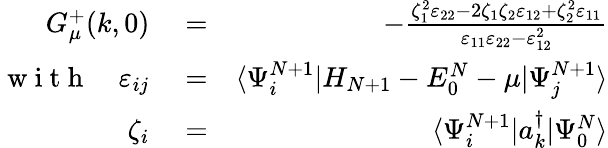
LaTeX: \begin{array}{rlr}{G_{\mu}^{+}(k,0)}&{{}=}&{-\frac{\zeta_{1}^{2}\varepsilon_{22}-2\zeta_{1}\zeta_{2}\varepsilon_{12}+\zeta_{2}^{2}\varepsilon_{11}}{\varepsilon_{11}\varepsilon_{22}-\varepsilon_{12}^{2}}}\\ {\mathrm{~w~i~t~h~}\quad\varepsilon_{ij}}&{{}=}&{\langle\Psi_{i}^{N+1}|H_{N+1}-E_{0}^{N}-\mu|\Psi_{j}^{N+1}\rangle}\\ {\zeta_{i}}&{{}=}&{\langle\Psi_{i}^{N+1}|a_{k}^{\dagger}|\Psi_{0}^{N}\rangle}\end{array}